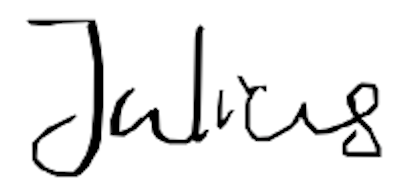
Text: Julius
Cross-out: clean
Writing tool: digital_black